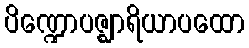
ပိဏ္ဍောပဇ္ဈာရိယာပထော